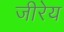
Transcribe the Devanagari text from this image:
जीरेय